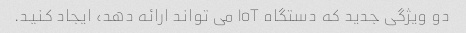
دو ویژگی جدید که دستگاه IoT می تواند ارائه دهد، ایجاد کنید.